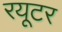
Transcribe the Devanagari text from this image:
रयूटर